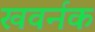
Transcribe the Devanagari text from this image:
खवर्नक